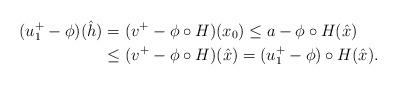
LaTeX: \begin{align*}(u_1^+ - \phi )(\hat h) &= (v^+ - \phi \circ H)(x_0) \leq a - \phi \circ H (\hat x) \\ &\leq (v^+ - \phi \circ H)(\hat x) = (u_1^+ - \phi) \circ H(\hat x).\end{align*}